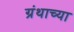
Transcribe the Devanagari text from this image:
ग्रंथाच्‍या